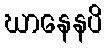
ဃာနေနပိ